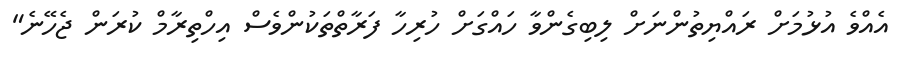
އެއްވެ އުޅުމަށް ރައްޔިތުންނަށް ލިބިގެންވާ ހައްގަށް ހުރިހާ ފަރާތްތަކުންވެސް އިހްތިރާމް ކުރަން ޖެހޭނެ"